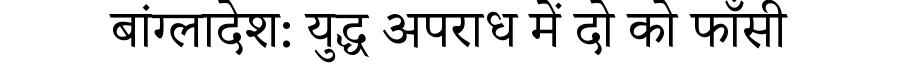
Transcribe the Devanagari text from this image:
बांग्लादेश: युद्ध अपराध में दो को फाँसी